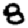
Digit: 8